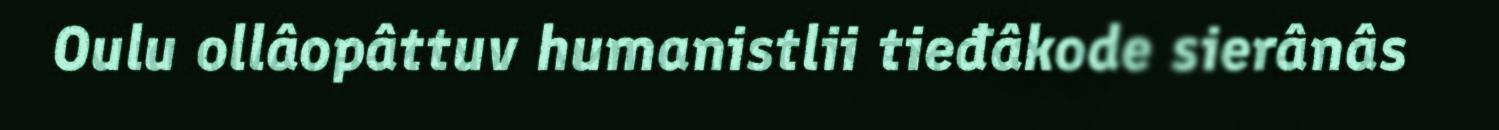
Oulu ollâopâttuv humanistlii tieđâkode sierânâs